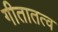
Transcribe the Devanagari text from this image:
गीतातत्व